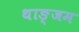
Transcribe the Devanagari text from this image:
थाङ्जम